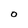
Character: 0